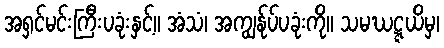
အရှင်မင်းကြီးပခုံးနှင့်။ အံသံ၊ အကျွန်ုပ်ပခုံးကို။ သမဃဋ္ဋယိမှ၊